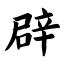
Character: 辟